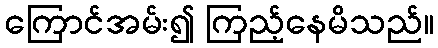
ကြောင်အမ်း၍ ကြည့်နေမိသည်။